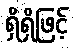
ရှိရှိဖြင့်